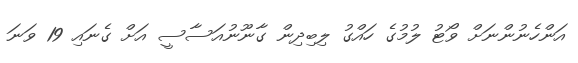
އަންހެނުންނަށް ވޯޓު ލުމުގެ ހައްގު ލިބިދިން ގާނޫނުއަސާސީ އަށް ގެނައި 19 ވަނަ